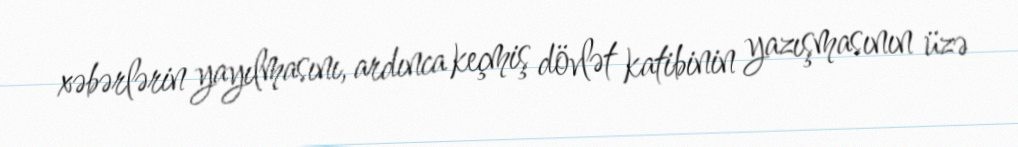
xəbərlərin yayılmasını, ardınca keçmiş dövlət katibinin yazışmasının üzə